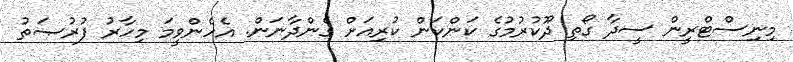
މިނިސްޓްރީން ސީދާ ގޯތި ދޫކުރުމުގެ ކަންކަން ކުރިއަށް ގެންދާނަން. އެހެންވީމަ މިހާރު ފުރުޞަތު